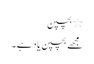
٭ بچپن
مجھے بچپن یاد ہے ۔